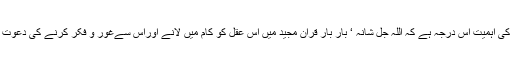
اس عقل کی اہمیت اس درجہ ہے کہ اللہ جل شانہ ‘ بار بار قرآن مجید میں اس عقل کو کام میں لانے اوراس سےغور و فکر کرنے کی دعوت دیتا ہے۔